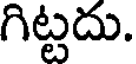
గిట్టదు.